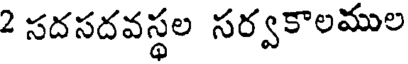
2 సదసదవస్థల సర్వకాలముల